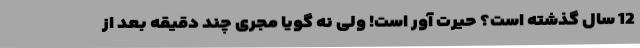
12 سال گذشته است؟ حیرت آور است! ولی نه گویا مجری چند دقیقه بعد از